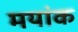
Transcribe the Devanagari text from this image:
मयांक